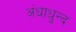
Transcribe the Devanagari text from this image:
अंधाधुन्द